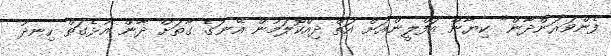
ފެންވަރަންދާން" ކިޔާން އަފްލީންއަށް އަތް ދިއްކޮލަމުން އޭނަގެ ގާތަށް ދާން އުޅެގަތް ހިނދު